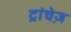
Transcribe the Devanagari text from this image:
ट्रांचेज़